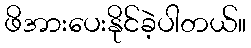
ဖိအားပေးနိုင်ခဲ့ပါတယ်။